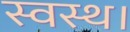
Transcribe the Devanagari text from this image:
स्वस्थ।